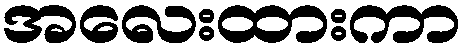
အလေးထားကာ